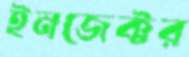
ইনজেক্টর